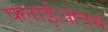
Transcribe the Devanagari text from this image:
फ्लाईओवर्स